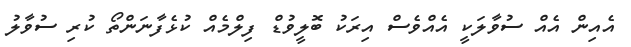
އެއިން އެއް ސުވާލަކީ އެއްވެސް އިރަކު ބޮލީވުޑް ފިލްމެއް ކުޅެފާނަންތޯ ކުރި ސުވާލު